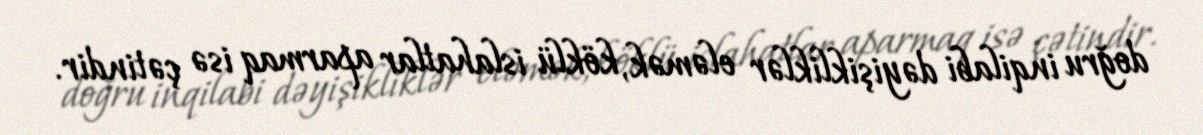
doğru inqilabi dəyişikliklər eləmək, köklü islahatlar aparmaq isə çətindir.